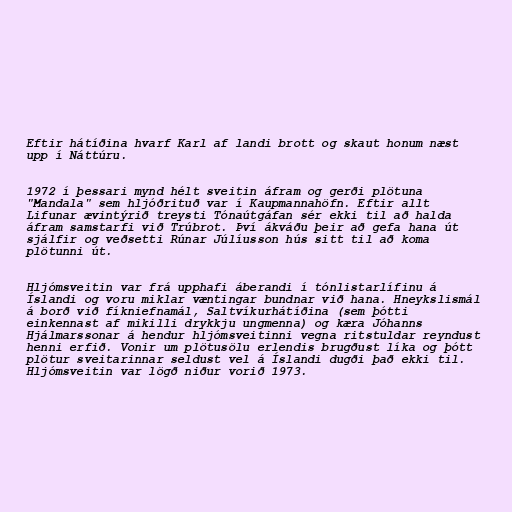
Eftir hátíðina hvarf Karl af landi brott og skaut honum næst
upp í Náttúru.

1972 í þessari mynd hélt sveitin áfram og gerði plötuna
"Mandala" sem hljóðrituð var í Kaupmannahöfn. Eftir allt
Lifunar ævintýrið treysti Tónaútgáfan sér ekki til að halda
áfram samstarfi við Trúbrot. Því ákváðu þeir að gefa hana út
sjálfir og veðsetti Rúnar Júlíusson hús sitt til að koma
plötunni út.

Hljómsveitin var frá upphafi áberandi í tónlistarlífinu á
Íslandi og voru miklar væntingar bundnar við hana. Hneykslismál
á borð við fíkniefnamál, Saltvíkurhátíðina (sem þótti
einkennast af mikilli drykkju ungmenna) og kæra Jóhanns
Hjálmarssonar á hendur hljómsveitinni vegna ritstuldar reyndust
henni erfið. Vonir um plötusölu erlendis brugðust líka og þótt
plötur sveitarinnar seldust vel á Íslandi dugði það ekki til.
Hljómsveitin var lögð niður vorið 1973.